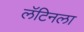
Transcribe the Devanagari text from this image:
लॅटिनला